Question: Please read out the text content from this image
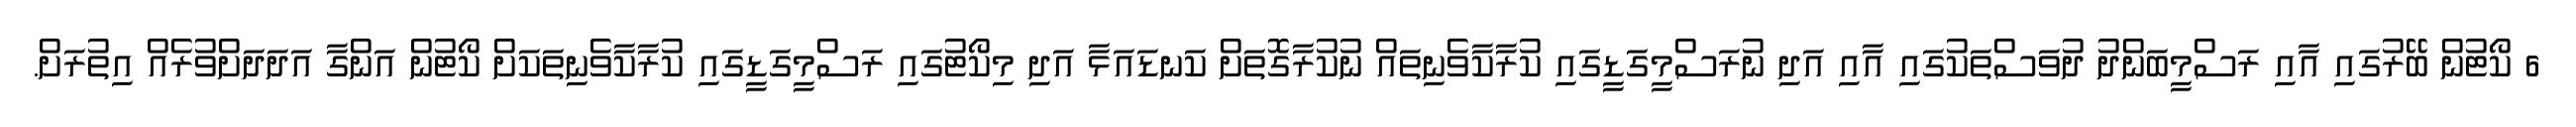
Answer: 6 ކޯޓުން ބޭރުގައި އާއި ރަސްމީބަންދު ދުވަސްތަކުގައި އާއި އަދި ނުރަސްމީގަޑީގައި ކުރާކާވެނިތައް ނުކުރާގޮތަށް ކަނޑައަޅާ އަދި މިކޯޓުގައި ރަސްމީގަޑީގައި ކުރާކާވެނިތަކަށް ކޯޓުން އަންގާ އަދަދަށްވުރެއް އިތުރަށް.